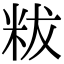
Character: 𥹔